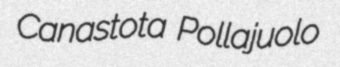
Canastota Pollajuolo